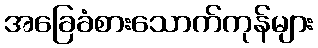
အခြေခံစားသောက်ကုန်များ